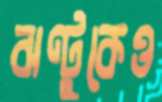
ঝণ্টুকেও